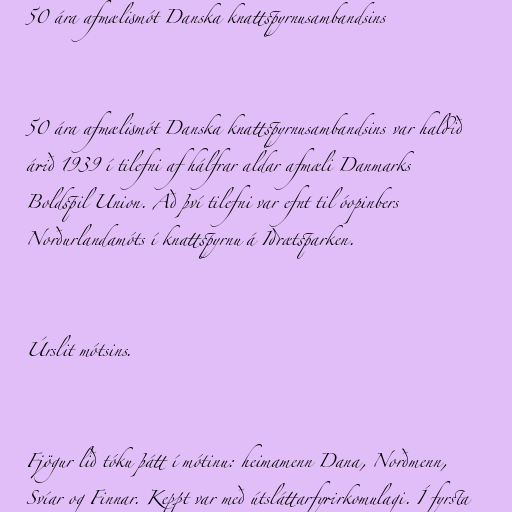
50 ára afmælismót Danska knattspyrnusambandsins

50 ára afmælismót Danska knattspyrnusambandsins var haldið
árið 1939 í tilefni af hálfrar aldar afmæli Danmarks
Boldspil Union. Að því tilefni var efnt til óopinbers
Norðurlandamóts í knattspyrnu á Idrætsparken.

Úrslit mótsins.

Fjögur lið tóku þátt í mótinu: heimamenn Dana, Norðmenn,
Svíar og Finnar. Keppt var með útsláttarfyrirkomulagi. Í fyrsta